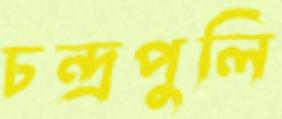
চন্দ্রপুলি